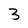
Character: 3